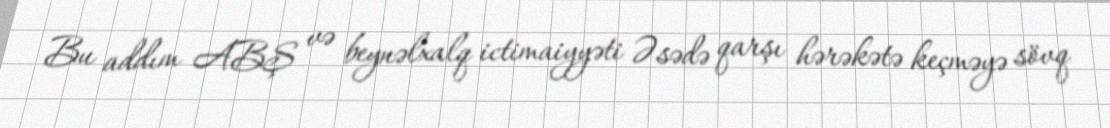
Bu addım ABŞ və beynəlxalq ictimaiyyəti Əsədə qarşı hərəkətə keçməyə sövq